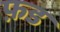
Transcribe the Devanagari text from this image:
फ़ड